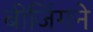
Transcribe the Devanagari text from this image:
बीजिंगने